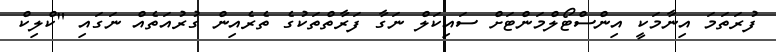
ފުރަތަމަ އިނާމަކީ އިންސްޓޯލްމަންޓަށް ސައިކަލް ނަގާ ފަރާތްތަކުގެ ތެރެއިން ގުރުއަތެއް ނަގައި "ކްލިކް